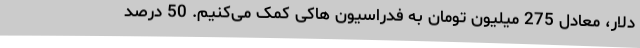
دلار، معادل 275 میلیون تومان به فدراسیون هاکی کمک می‌کنیم. 50 درصد